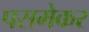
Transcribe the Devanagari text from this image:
पसमेकर